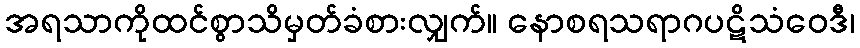
အရသာကိုထင်စွာသိမှတ်ခံစားလျှက်။ နောစရသရာဂပဋိသံဝေဒီ၊